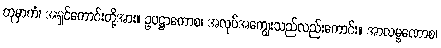
တုမှာကံ၊ အရှင်ကောင်းတို့အား။ ဥပဋ္ဌာကောစ၊ အလုပ်အကျွေးသည်လည်းကောင်း။ အာလမ္ဗဏောစ၊